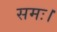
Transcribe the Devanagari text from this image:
समः।